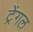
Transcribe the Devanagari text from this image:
ट्रेंगल